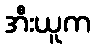
အီးယူက